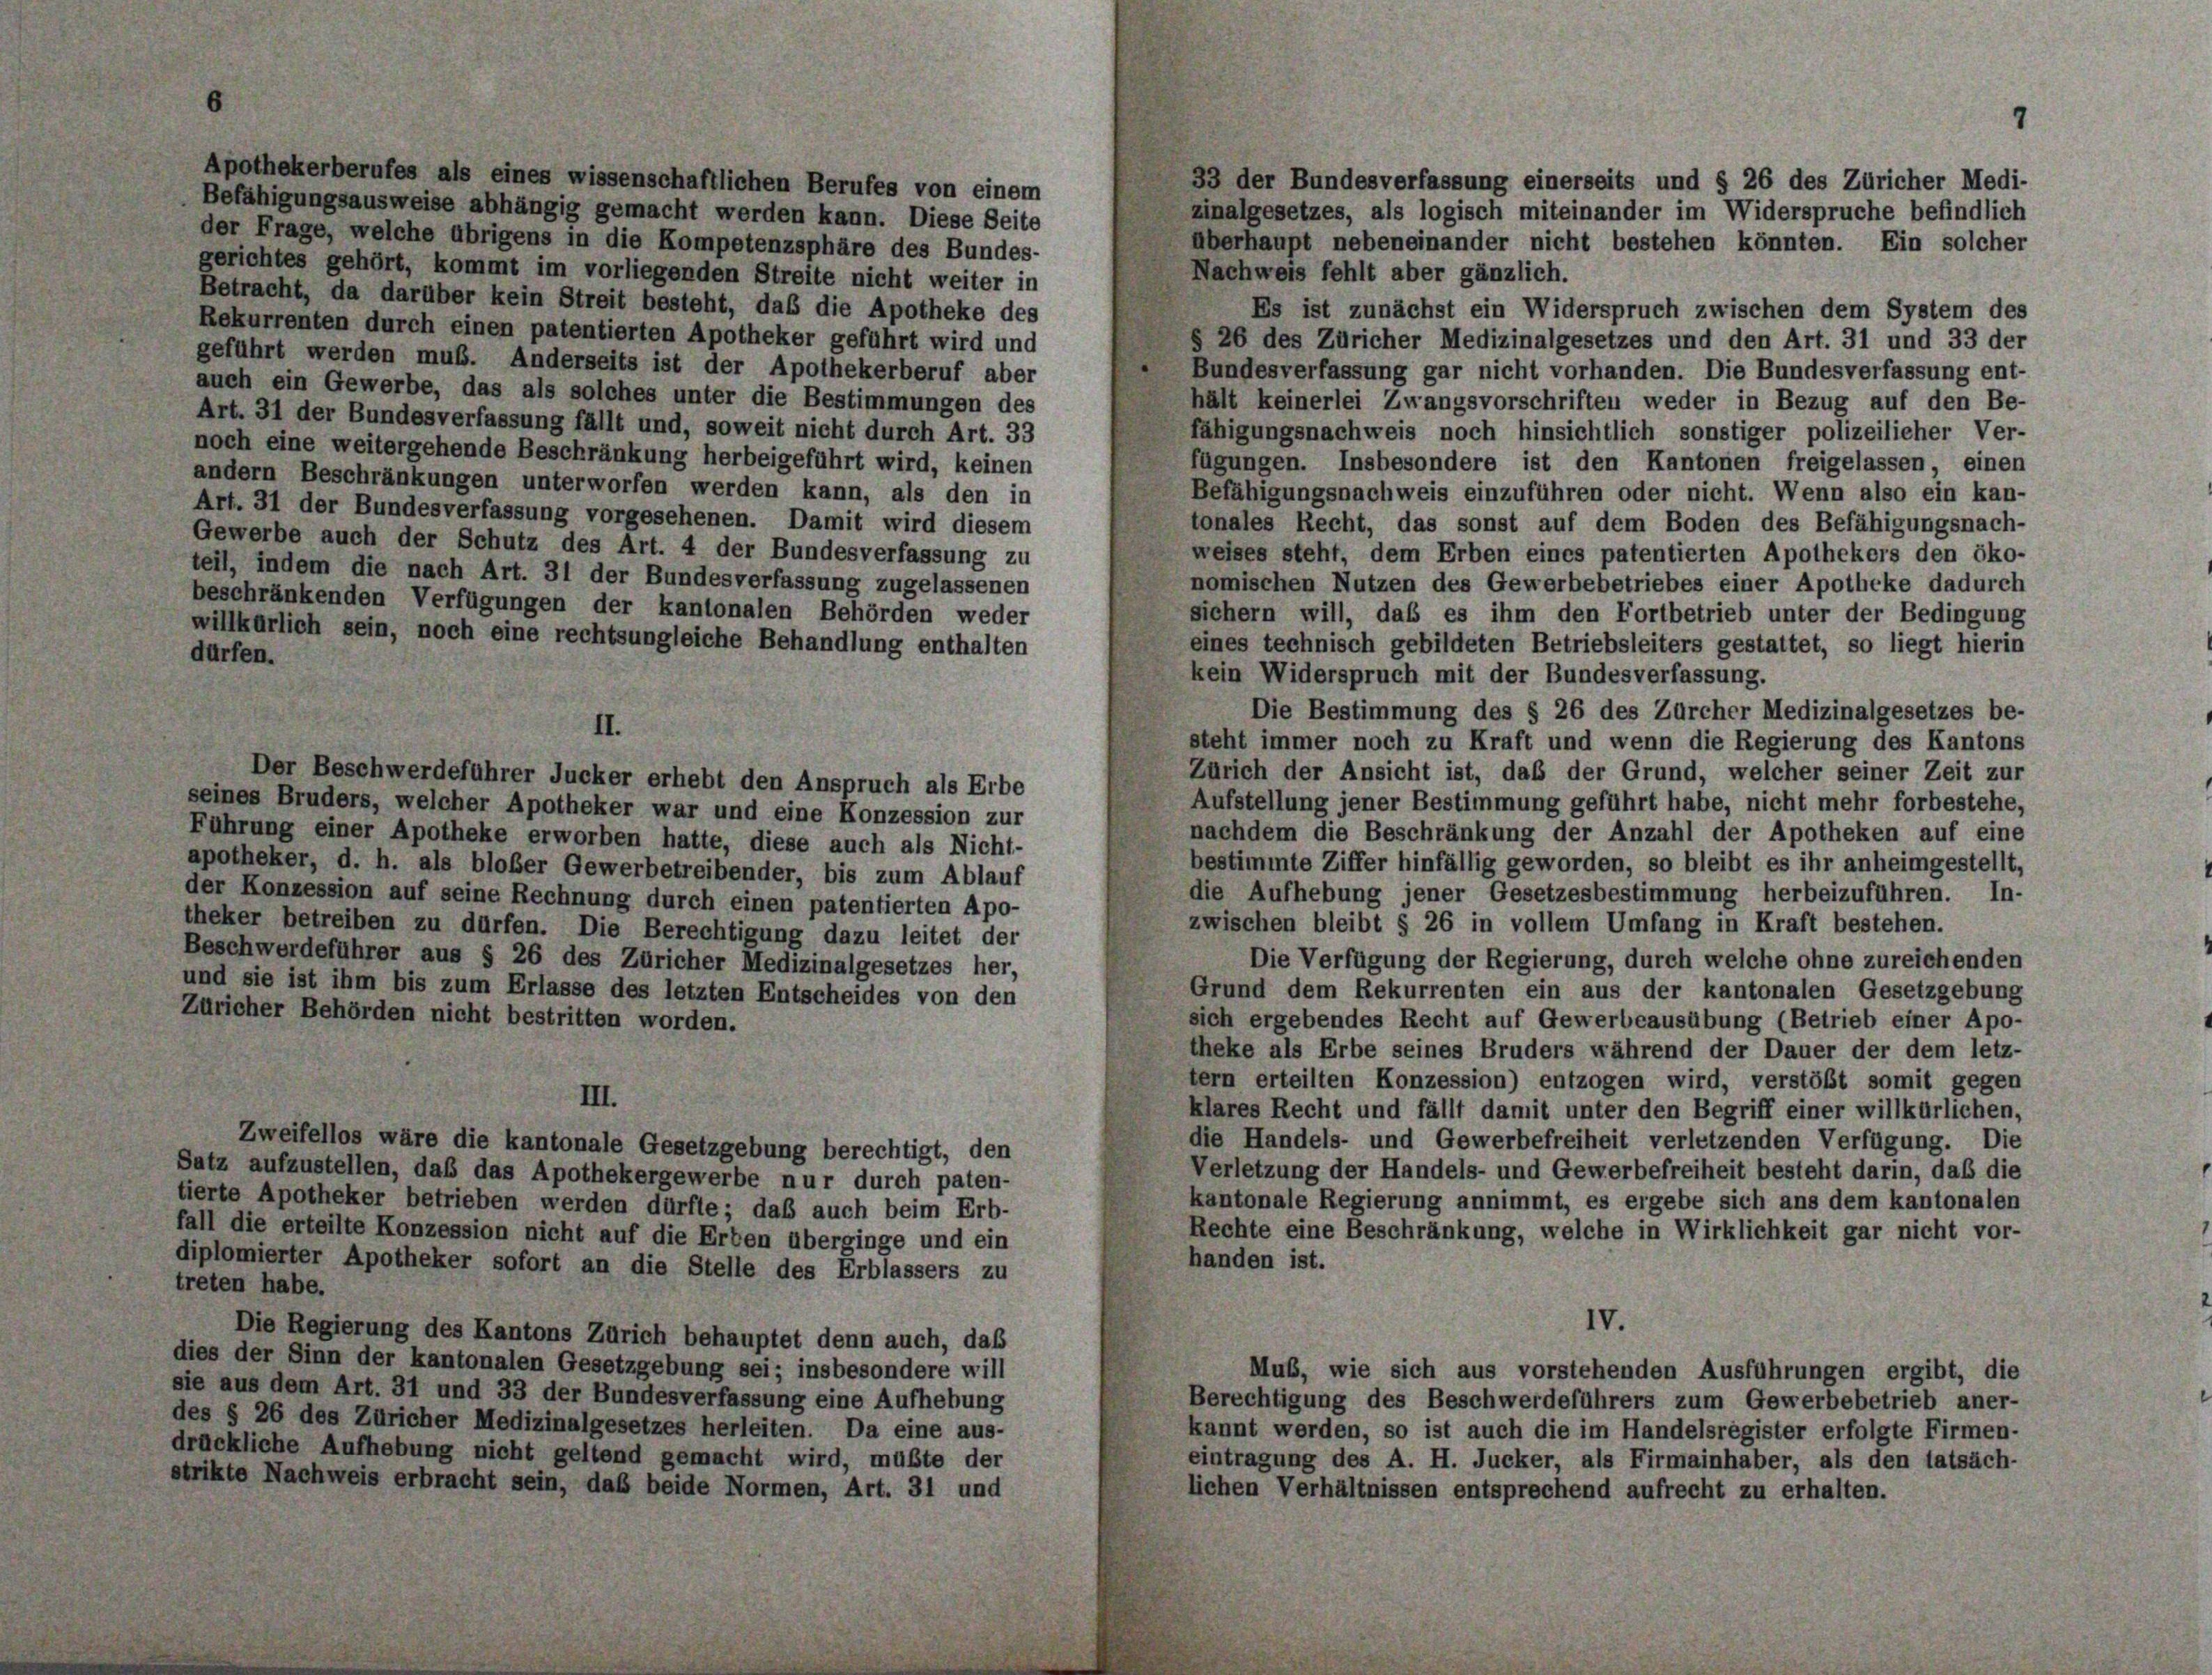
Apothekerberufes als eines wissenschaftlichen Berufes von einem
33 der Bundesverfassung einerseits und § 26 des Züricher Medi-
Befähigungsausweise abhängig gemacht werden kann. Diese Seite
zinalgesetzes, als logisch miteinander im Widerspruche befindlich
der Frage, welche übrigens in die Kompetenzsphäre des Bundes-
überhaupt nebeneinander nicht bestehen könnten. Ein solcher
gerichtes gehört, kommt im vorliegenden Streite nicht weiter in
Nachweis fehlt aber gänzlich.
Betracht, da darüber kein Streit besteht, das die Apotheke des
Es ist zunächst ein Widerspruch zwischen dem System des
Rekurrenten durch einen patentierten Apotheker geführt wird und
§ 26 des Züricher Medizinalgesetzes und den Art. 31 und 33 der
geführt werden muß. Anderseits ist der Apothekerberuf aber
Bundesverfassung gar nicht vorhanden. Die Bundesverfassung ent-
auch ein Gewerbe, das als solches unter die Bestimmungen des
hält keinerlei Zwangsvorschriften weder in Bezug auf den Be-
Art. 31 der Bundesverfassung fällt und, soweit nicht durch Art. 33
fähigungsnachweis noch hinsichtlich sonstiger polizeilicher Ver-
noch eine weitergehende Beschränkung herbeigeführt wird, keinen
fügungen. Insbesondere ist den Kantonen freigelassen, einen
andern Beschränkungen unterworfen werden kann, als den in
Befähigungsnachweis einzuführen oder nicht. Wenn also ein kan-
Art. 31 der Bundesverfassung vorgesehenen. Damit wird diesem
tonales Recht, das sonst auf dem Boden des Befähigungsnach-
Gewerbe auch der Schutz des Art. 4 der Bundesverfassung zu
weises steht, dem Erben eines patentierten Apothekers den öko-
teil, indem die nach Art. 31 der Bundesverfassung zugelassenen
nomischen Nutzen des Gewerbebetriebes einer Apotheke dadurch
beschränkenden Verfügungen der kantonalen Behörden weder
sichern will, daß es ihm den Fortbetrieb unter der Bedingung
willkürlich sein, noch eine rechtsungleiche Behandlung enthalten
eines technisch gebildeten Betriebsleiters gestattet, so liegt hierin
dürfen.
kein Widerspruch mit der Bundesverfassung.
Die Bestimmung des § 26 des Zürcher Medizinalgesetzes be-
II.
steht immer noch zu Kraft und wenn die Regierung des Kantons
Zürich der Ansicht ist, daß der Grund, welcher seiner Zeit zur
Der Beschwerdeführer Jucker erhebt den Anspruch als Erbe
Aufstellung jener Bestimmung geführt habe, nicht mehr forbestehe,
seines Bruders, welcher Apotheker war und eine Konzession zur
nachdem die Beschränkung der Anzahl der Apotheken auf eine
Führung einer Apotheke erworben hatte, diese auch als Nicht-
bestimmte Ziffer hinfällig geworden, so bleibt es ihr anheimgestellt,
apotheker, d. h. als bloßer Gewerbetreibender, bis zum Ablauf
die Aufhebung jener Gesetzesbestimmung herbeizuführen. In-
der Konzession auf seine Rechnung durch einen patentierten Apo-
zwischen bleibt § 26 in vollem Umfang in Kraft bestehen.
theker betreiben zu dürfen. Die Berechtigung dazu leitet der
Beschwerdeführer aus § 26 des Züricher Medizinalgesetzes her,
Die Verfügung der Regierung, durch welche ohne zureichenden
und sie ist ihm bis zum Erlasse des letzten Entscheides von den
Grund dem Rekurrenten ein aus der kantonalen Gesetzgebung
Züricher Behörden nicht bestritten worden.
sich ergebendes Recht auf Gewerbeausübung (Betrieb einer Apo-
theke als Erbe seines Bruders während der Dauer der dem letz-
tern erteilten Konzession) entzogen wird, verstößt somit gegen
III.
klares Recht und fällt damit unter den Begriff einer willkürlichen,
die Handels- und Gewerbefreiheit verletzenden Verfügung. Die
Zweifellos wäre die kantonale Gesetzgebung berechtigt, den
Verletzung der Handels- und Gewerbefreiheit besteht darin, daß die
Satz aufzustellen, daß das Apothekergewerbe nur durch paten-
kantonale Regierung annimmt, es ergebe sich ans dem kantonalen
tierte Apotheker betrieben werden dürfte; daß auch beim Erb-
Rechte eine Beschränkung, welche in Wirklichkeit gar nicht vor-
fall die erteilte Konzession nicht auf die Erben überginge und ein
handen ist.
diplomierter Apotheker sofort an die Stelle des Erblassers zu
treten habe.
IV.
Die Regierung des Kantons Zürich behauptet denn auch, daß
dies der Sinn der kantonalen Gesetzgebung sei; insbesondere will
Mub, wie sich aus vorstehenden Ausführungen ergibt, die
sie aus dem Art. 31 und 33 der Bundesverfassung eine Aufhebung
Berechtigung des Beschwerdeführers zum Gewerbebetrieb aner-
des § 26 des Züricher Medizinalgesetzes herleiten. Da eine aus-
kannt werden, so ist auch die im Handelsregister erfolgte Firmen-
drückliche Aufhebung nicht geltend gemacht wird, müßte der
eintragung des A. H. Jucker, als Firmainhaber, als den tatsäch-
strikte Nachweis erbracht sein, daß beide Normen, Art. 31 und
lichen Verhältnissen entsprechend aufrecht zu erhalten.